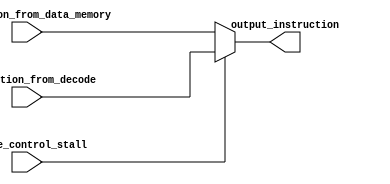
`timescale 1ns / 1ps
//////////////////////////////////////////////////////////////////////////////////
// Company: 
// Engineer: 
// 
// Design Name: 
// Module Name: mux_IF_lw_use_hazard
// Project Name: 
// Target Devices: 
// Tool Versions: 
// Description: 
// 
// Dependencies: 
// 
// Revision:
// Revision 0.01 - File Created
// Additional Comments:
// 
//////////////////////////////////////////////////////////////////////////////////


module mux_IF_lw_use_hazard(input [31:0]instruction_from_data_memory,input [31:0]instruction_from_decode,input lw_use_control_stall,output reg [31:0]output_instruction);
always@(*)
begin
if (lw_use_control_stall==1)
output_instruction=instruction_from_decode;
else
output_instruction=instruction_from_data_memory;
end
endmodule